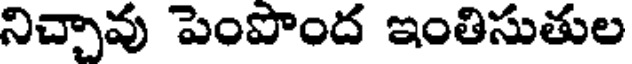
నిచ్చావు పెంపొంద ఇంతిసుతుల